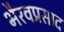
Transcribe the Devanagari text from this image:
भैरवप्रसाद